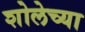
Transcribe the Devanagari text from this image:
शोलेच्या